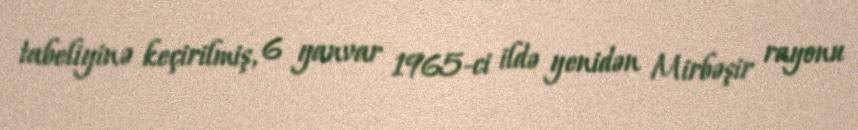
tabeliyinə keçirilmiş, 6 yanvar 1965-ci ildə yenidən Mirbəşir rayonu